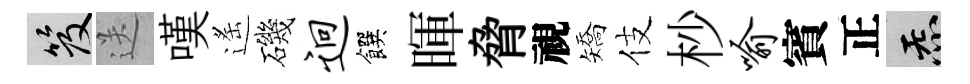
笈送嘆遙磯迥饌暉脅視矯伎杪喻賓正炁